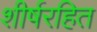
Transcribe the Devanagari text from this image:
शीर्षरहित